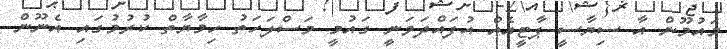
މައުމޫން އާ ސިޔާސީ ޕާޓީއެއް އުފައްދަވަނީ ގައުމީ މަސްލަހަތު ހިމާޔާތް ކުރުމުގައި އެނޫން